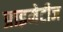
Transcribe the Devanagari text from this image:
प्राइमेटीज